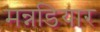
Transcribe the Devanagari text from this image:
मन्नडियार